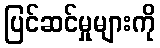
ပြင်ဆင်မှုများကို